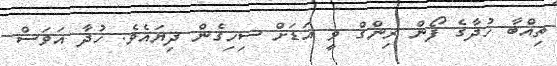
ތިއްބާ ހުދާގެ ފޯން ރިންގް ވީ އަޑަށް ސިހިގެން ދިޔައެވެ. ހުދާ އަވަސް